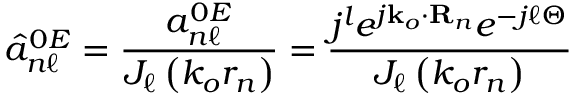
\hat { a } _ { n \ell } ^ { 0 E } = \frac { a _ { n \ell } ^ { 0 E } } { J _ { \ell } \left( k _ { o } r _ { n } \right) } = \frac { j ^ { l } e ^ { j \mathbf { k } _ { o } \cdot \mathbf { R } _ { n } } e ^ { - j \ell \Theta } } { J _ { \ell } \left( k _ { o } r _ { n } \right) }